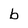
Character: b